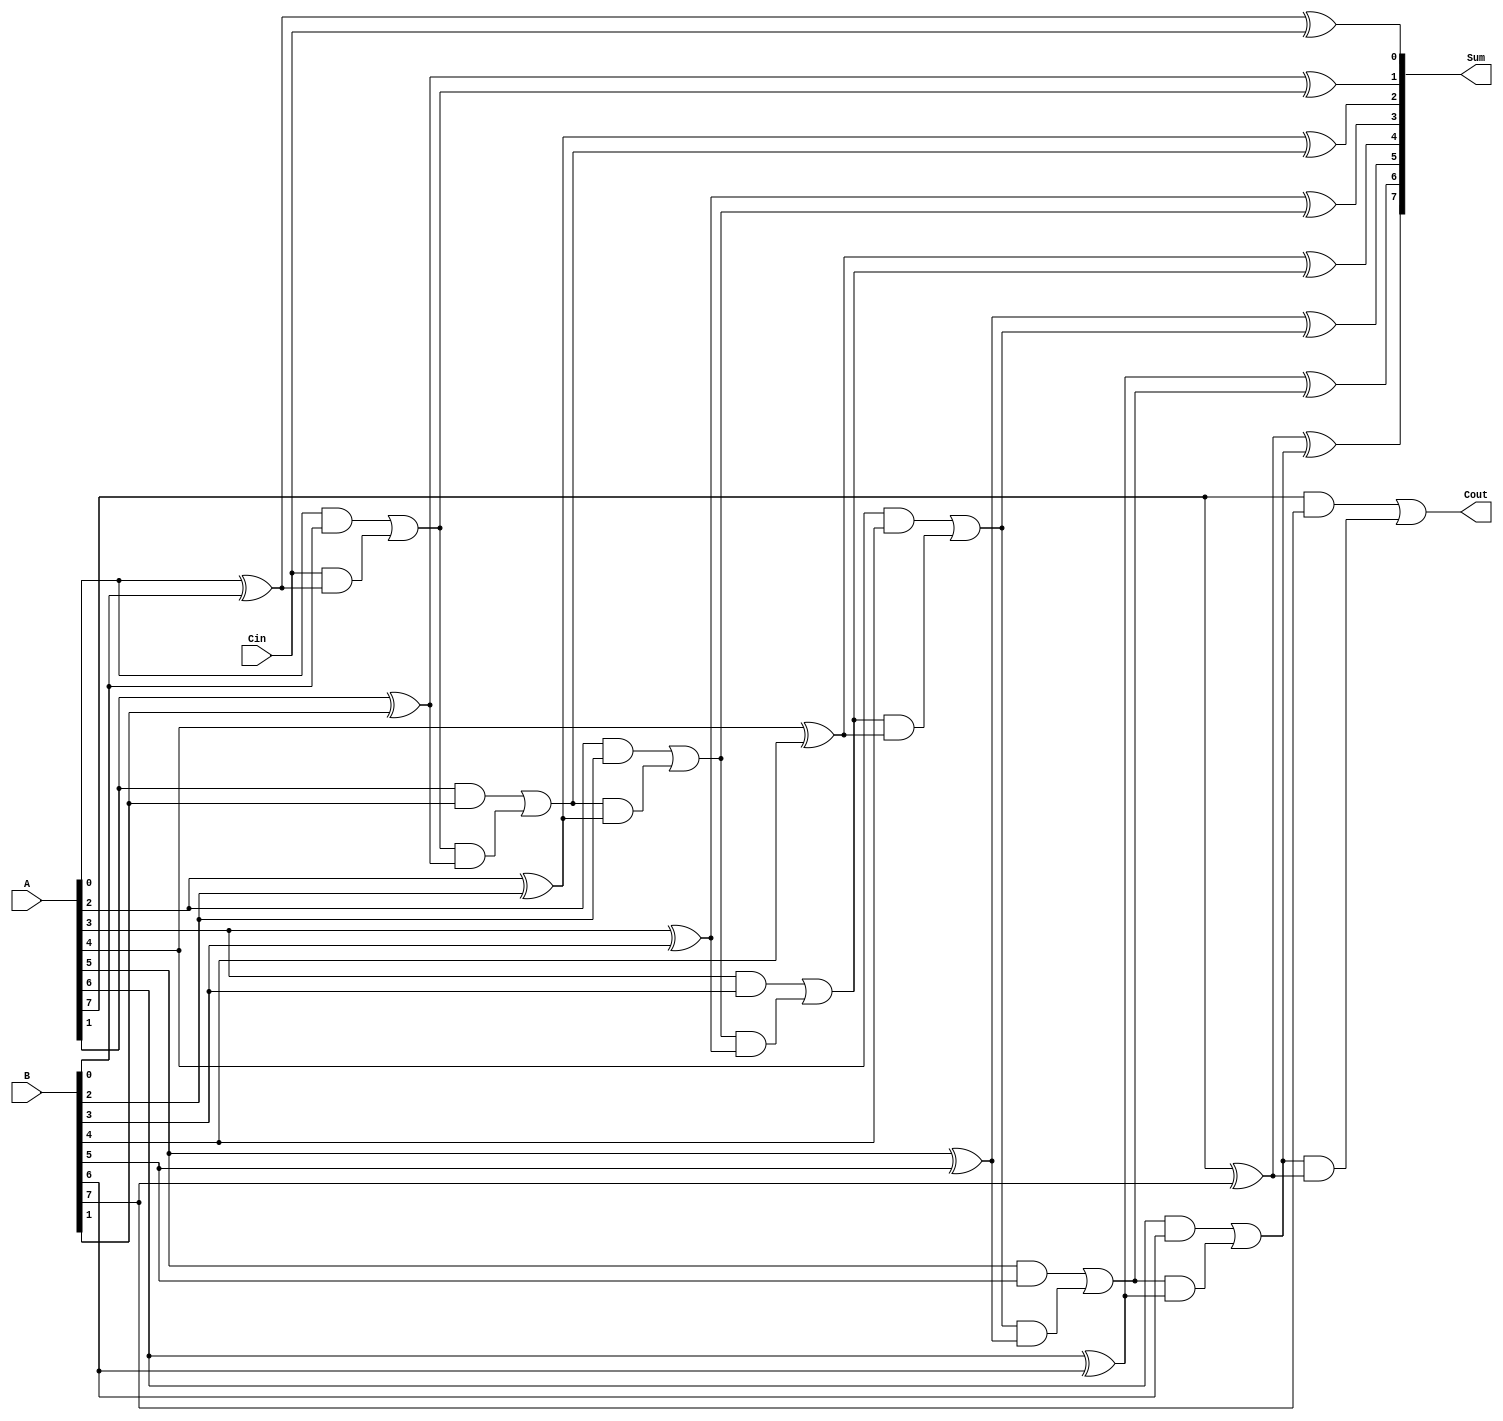
module ManchesterCarryChainAdder #(
    parameter N = 8 // Bit-width of the inputs
)(
    input  wire [N-1:0] A,     // First input
    input  wire [N-1:0] B,     // Second input
    input  wire Cin,            // Carry-in
    output wire [N-1:0] Sum,    // Sum output
    output wire Cout            // Carry-out
);

    wire [N:0] carry; // Carry signals, carry[N] is Cout

    // Generate carry signals
    assign carry[0] = Cin; // Initial carry-in

    genvar i;
    generate
        for (i = 0; i < N; i = i + 1) begin : carry_gen
            // Carry generation
            assign carry[i + 1] = (A[i] & B[i]) | (carry[i] & (A[i] ^ B[i]));
            // Sum calculation
            assign Sum[i] = A[i] ^ B[i] ^ carry[i];
        end
    endgenerate

    // Final carry-out
    assign Cout = carry[N];

endmodule